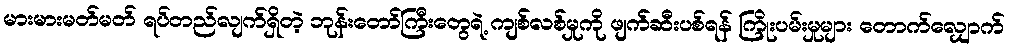
မားမားမတ်မတ် ရပ်တည်လျက်ရှိတဲ့ ဘုန်းတော်ကြီးတွေရဲ့ ကျစ်လစ်မှုကို ဖျက်ဆီးပစ်ရန် ကြိုးပမ်းမှုများ တောက်လျှောက်